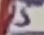
Text: 15